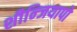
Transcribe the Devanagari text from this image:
शीन्जियापो